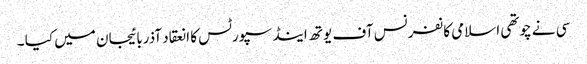
سی نے چوتھی اسلامی کانفرنس آف یوتھ اینڈ سپورٹس کا انعقاد آذربائیجان میں کیا ۔